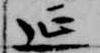
延